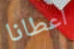
اعطانا